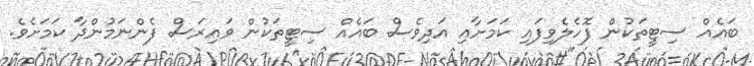
ބައެއް ސިޓީތަކުން ފޮހެލެވިފައި ކަމަށާއި އަދިވެސް ބައެއް ސިޓީތަކުން ވައިރަސް ފެންނަމުންދާ ކަމަށެވެ.